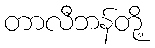
တာလီဘန်တို့